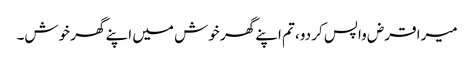
میرا قرض واپس کر دو، تم اپنے گھر خوش میں اپنے گھر خوش۔